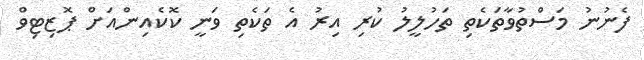
ފެނުނު މަސްތުވާތަކެތި ތަހުލީލު ކުރި އިރު އެ ތަކެތި ވަނީ ކޮކެއިންއަށް ޕޮޒިޓިވް